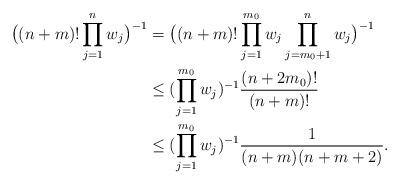
LaTeX: \begin{align*}\big((n+m)!\prod\limits_{j=1}^{n}w_j\big)^{-1}&=\big((n+m)!\prod\limits_{j=1}^{m_0}w_j\prod\limits_{j=m_0+1}^{n}w_j\big)^{-1}\\&\leq(\prod\limits_{j=1}^{m_0}w_j)^{-1}\frac{(n+2m_0)!}{(n+m)!}\\&\leq(\prod\limits_{j=1}^{m_0}w_j)^{-1}\frac{1}{(n+m)(n+m+2)}.\end{align*}